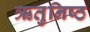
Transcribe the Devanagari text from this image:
ऋतुनिष्ठ